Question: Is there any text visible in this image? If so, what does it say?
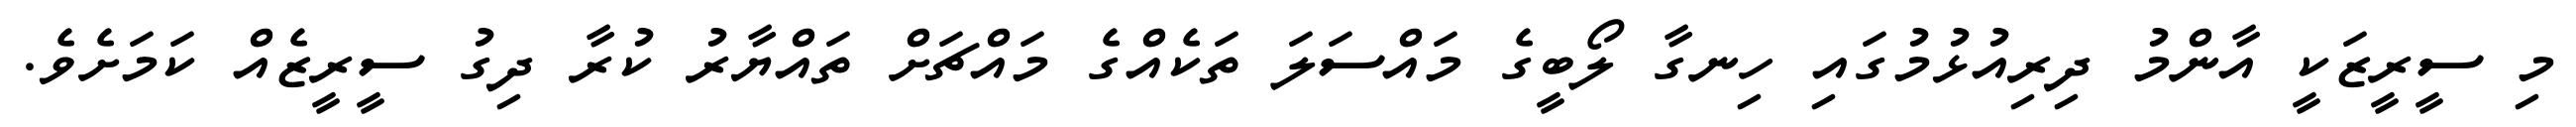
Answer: މި ސީރީޒަކީ އާންމު ދިރިއުޅުމުގައި ހިނގާ ލޯބީގެ މައްސަލަ ތަކެއްގެ މައްޗަށް ތައްޔާރު ކުރާ ދިގު ސީރީޒެއް ކަމަށެވެ.